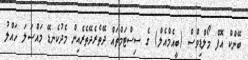
ބޭންކް އޮފް މޯލްޑިވްސް (ބީއެމްއެލް) ގެ ސިސްޓަމްތައް ދޭތެރެދޭތެރެއިން މެދުކެނޑޭ މައްސަލަ ހައްލު